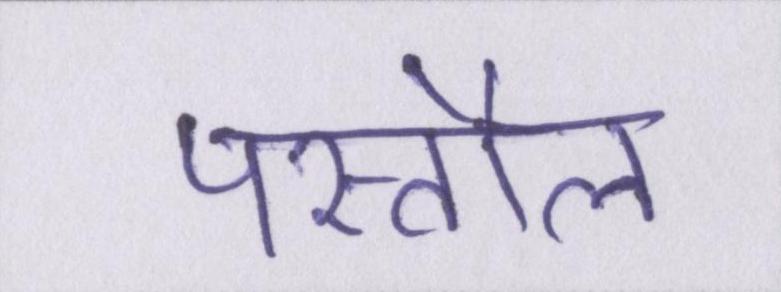
पस्तौल